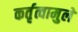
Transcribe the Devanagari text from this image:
कर्तृत्वामुले